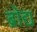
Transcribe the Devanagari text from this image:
ब्रोद्य